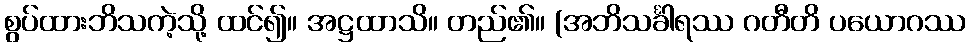
စွပ်ထားဘိသကဲ့သို့ ထင်၍။ အဋ္ဌထာသိ။ တည်၏။ (အဘိသင်္ခါရဿ ဂတီတိ ပယောဂဿ